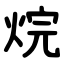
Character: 烷